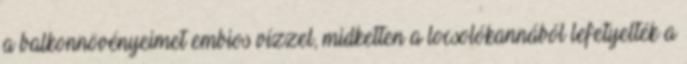
a balkonnövényeimet embios vízzel, midketten a locsolókannából lefetyelték a